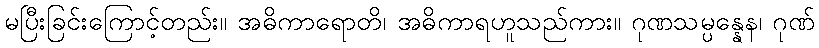
မပြီးခြင်းကြောင့်တည်း။ အဓိကာရောတိ၊ အဓိကာရဟူသည်ကား။ ဂုဏသမ္ပန္နေန၊ ဂုဏ်